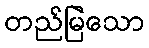
တည်မြဲသော